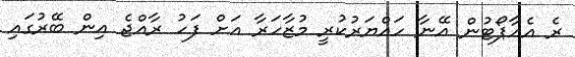
ރެ އެއާޕޯޓުން އޭނާ ހައްޔަރުކުރީ މުޒާހަރާ އަށް ފަހު ރާއްޖެ އިން ބޭރުގައި